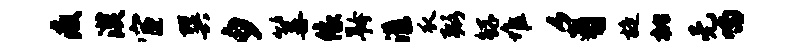
疫漠宦巽夕篝像矜漾瓜弼鲧堆豸旋枇无喃